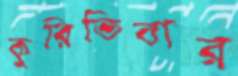
কুরিতিবার